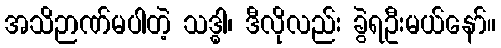
အသိဉာဏ်မပါတဲ့ သဒ္ဓါ၊ ဒီလိုလည်း ခွဲရဦးမယ်နော်။